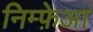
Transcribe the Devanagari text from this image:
निम्फ़ेआ